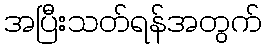
အပြီးသတ်ရန်အတွက်